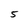
Character: 5